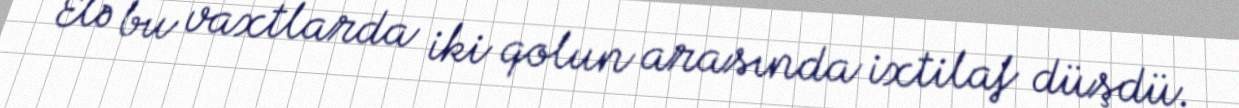
Elə bu vaxtlarda iki qolun arasında ixtilaf düşdü.